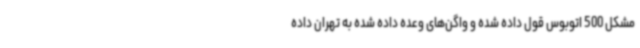
مشکل 500 اتوبوس قول داده شده و واگن‌های وعده داده شده به تهران داده